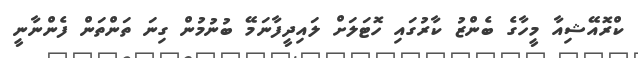
ކްރޮއޭޝިއާ މީހާގެ ބެންޒު ކާރުގައި ހޮޓަލަށް ލައިދީފާނަމޭ ބުނުމުން ގިނަ ތަންތަން ފެންނާނީ